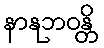
နာနုဘဝန္တိ